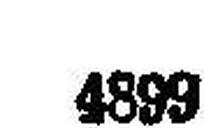
4899